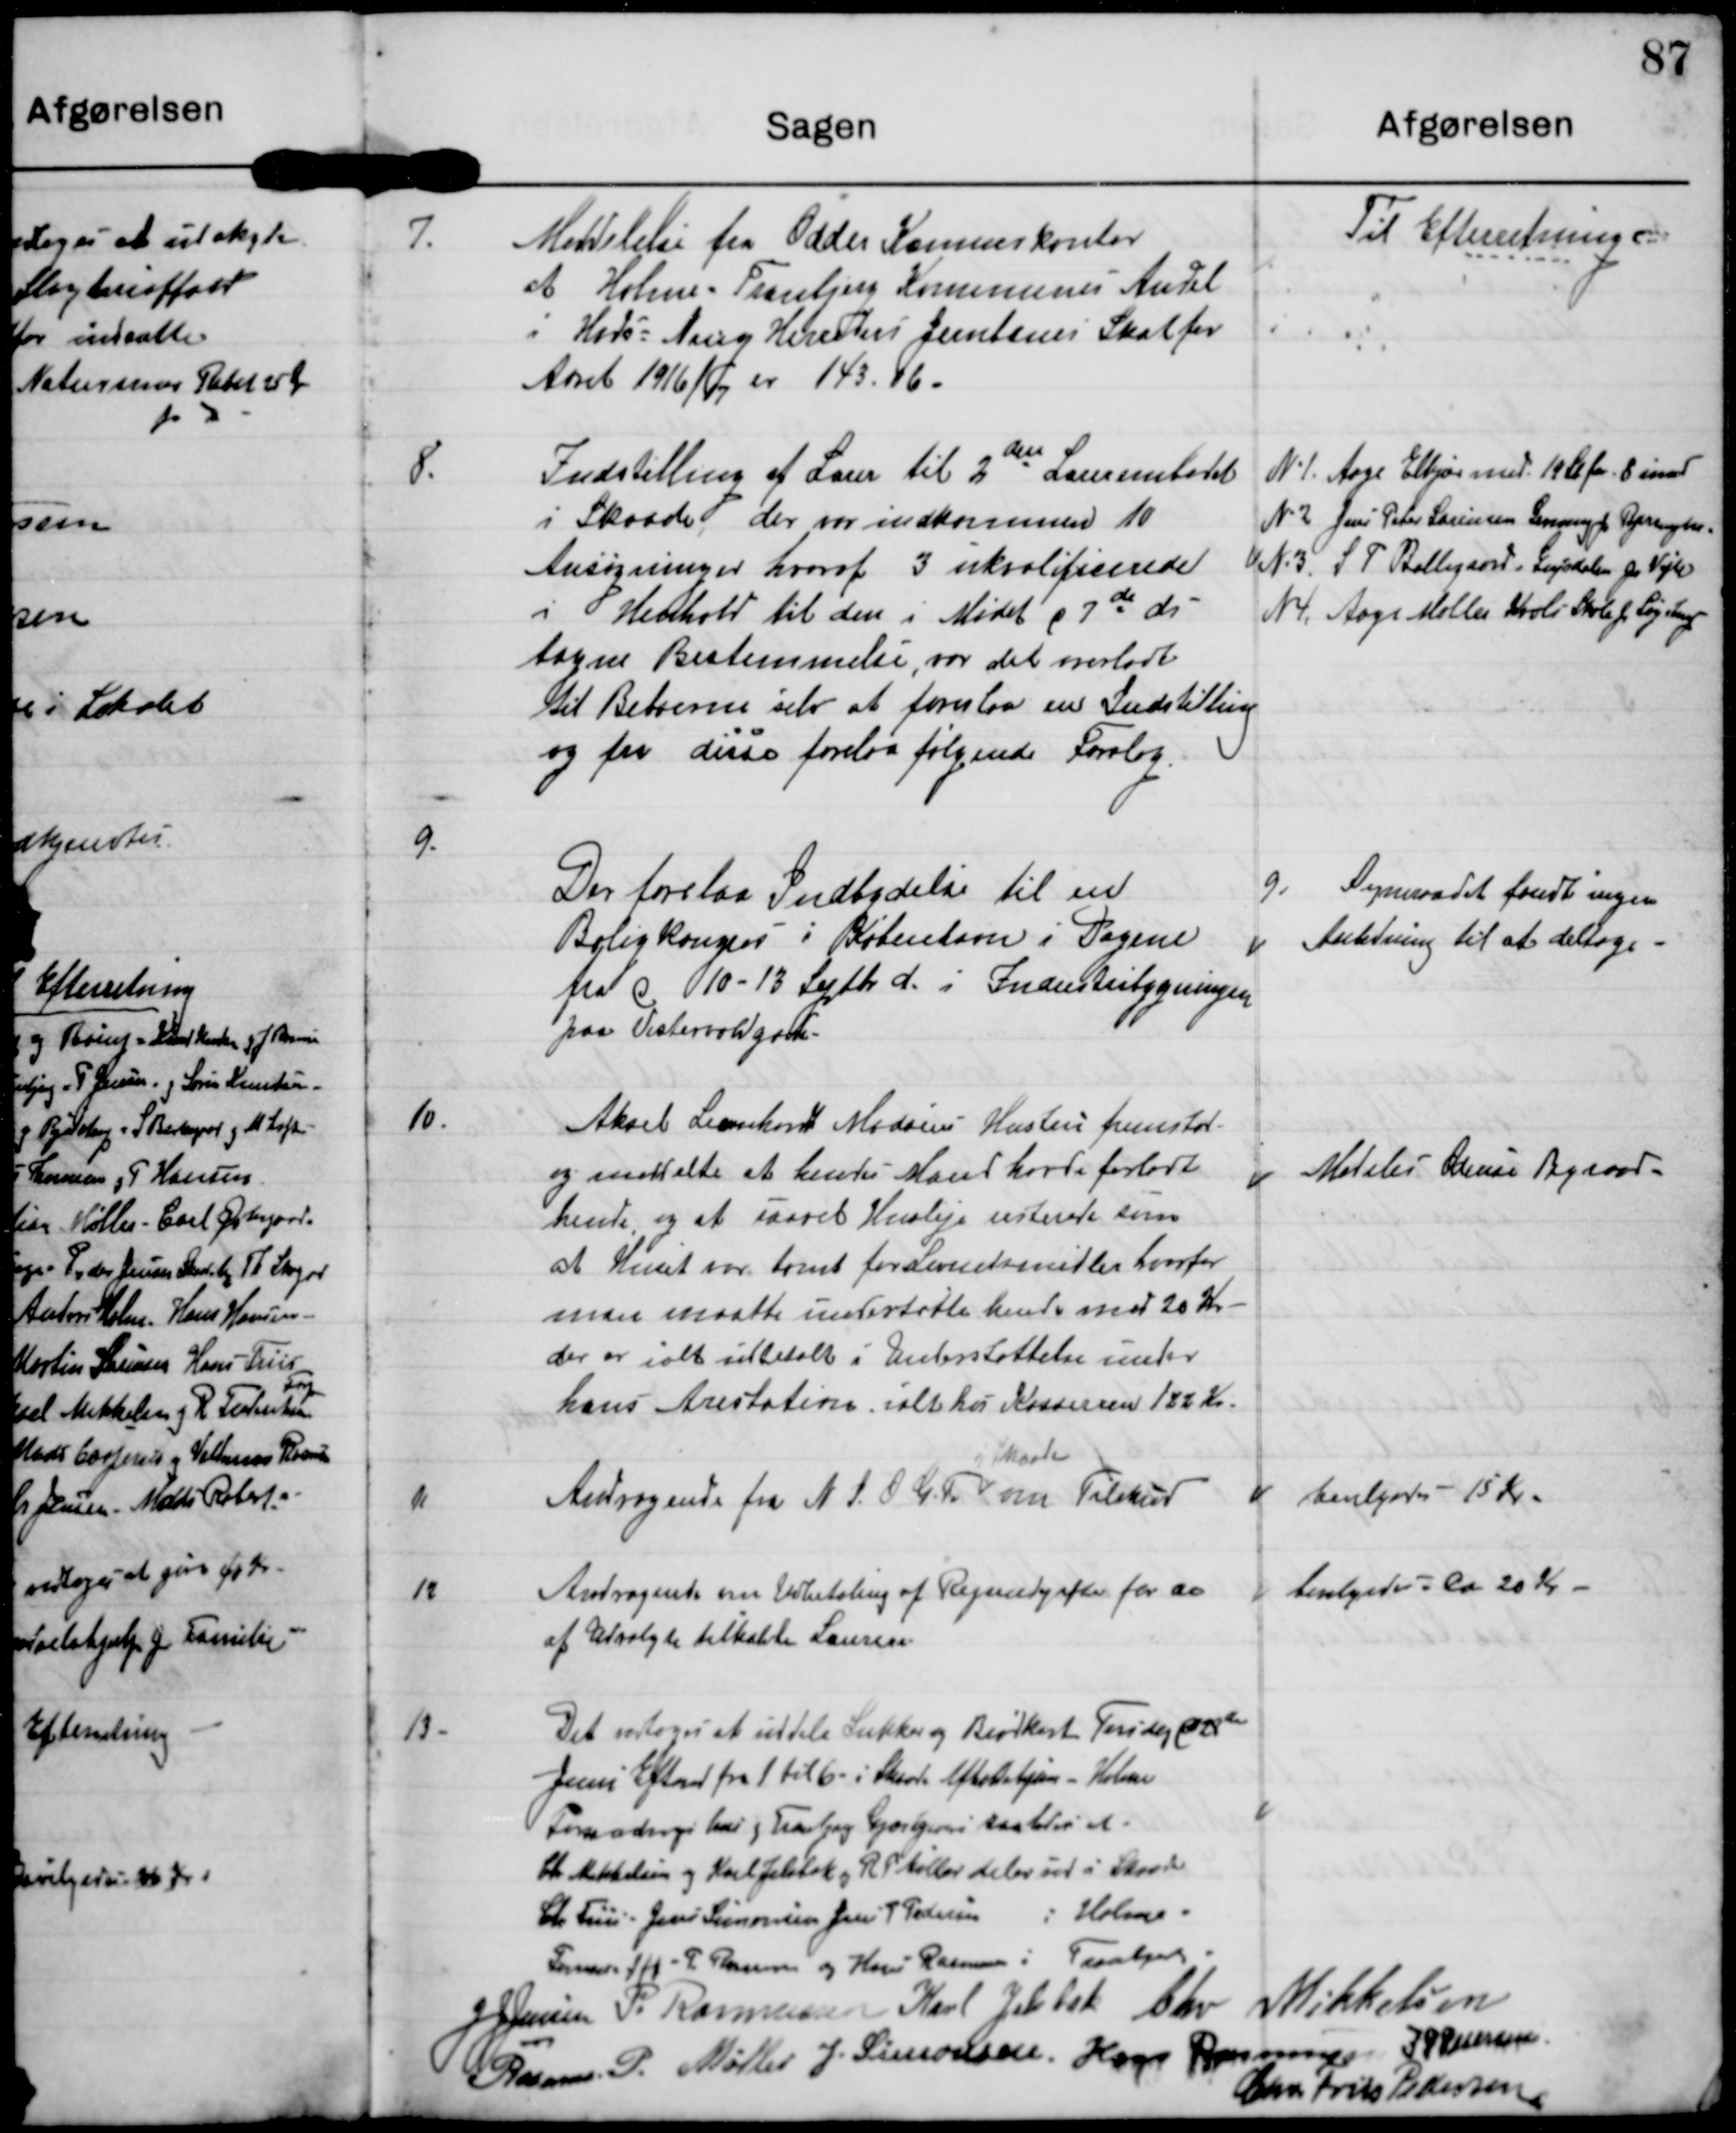
Transskription:
7.
Meddelelse fra Odder Kommunekontor
at Holme-Tranbjerg Kommunes Andel
i Hads-Ning Herreders Jernbaners Skat for
Aaret 1916/17 er 143.16.

Til Efterretning

8.
Indstilling af Lærer til 2den Lærerembedet
i Skaade, der var indkommen 10
Ansøgninger hvoraf 3 ukvalificerede
i Henhold til den i Mødet d 7de ds
tagne Bestemmelse, var det overladte
til Beboerne selv at foreslaa en Indstilling
og fra disse forelaa følgende Forslag

N 1. Aage Elkjær med 14 St for 8 imod
N 2. Jens Peter Sørensen Lemming p Bjerringbro
N 3. S P Ballegaard. Grejsdalen p Vejle
N 4. Aage Møller. Kvils Skole p Løgstrup

9.
Der forelaa Indbydelse til en
Boligkongres i København i Dagene
fra d 10-13 Septbr d. i Industribygningen
paa Vesterbrogade.

9. Sogneraadet fandt ingen
Anledning til at deltage.

10.
Aksel Leonhardt Madsens Hustru fremstod
og meddelte at hendes Mand havde forladt
hende, og at saavel Husleje resterede som
at Huset var tomt for Levnedsmidler hvorfor
man maatte understøtte hende med 20 Kr
der er ialt udbetalt i Understøttelse under
hans Arestation ialt hos Kasseren 122 Kr.

Medeles Odense Byraad

11
Skaade
Andragende fra N S O G F om Tilskud

bevilges - 15 Kr

12.
Andragende om Udbetaling af Regneudgifter for de
af Udvalgte tilkøbte Læreren

bevilgedes - Ca 20 Kr

13.
Det vedtoges at uddele Sukker og Brødkort Torsdag d 28de
Juni Efterm fra 1 til 6 i Skaade Afholdshjem Holme
Formodninger

J J Jensen

P. Rasmussen

Karl Jelsbak

Chr Mikkelsen

Rasmus P. Møller

J. Simonsen

Hans Rasmussen

J P Pedersen

Chr Friis Pedersen